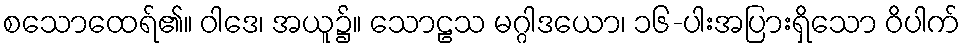
စသောထေရ်၏။ ဝါဒေ၊ အယူ၌။ သောဠသ မဂ္ဂါဒယော၊ ၁၆-ပါးအပြားရှိသော ဝိပါက်